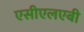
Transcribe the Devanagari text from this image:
एसीएलएबी